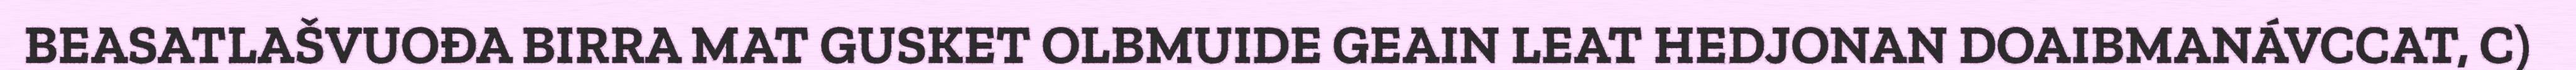
BEASATLAŠVUOĐA BIRRA MAT GUSKET OLBMUIDE GEAIN LEAT HEDJONAN DOAIBMANÁVCCAT, C)